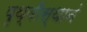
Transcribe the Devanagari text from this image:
पृथ्वीस्थानं